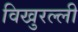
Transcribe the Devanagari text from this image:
विखुरल्ली